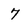
Character: 7